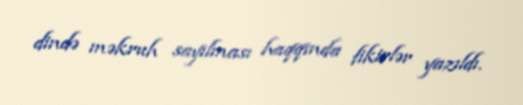
dində məkruh sayılması haqqında fikirlər yazıldı.